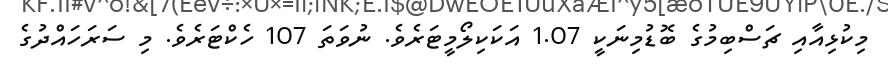
މިކުޅިއާއި ޗަސްބިމުގެ ބޮޑުމިނަކީ 1.07 އަކަކިލޯމީޓަރެވެ. ނުވަތަ 107 ހެކްޓަރެވެ. މި ސަރަހައްދުގެ